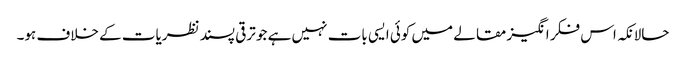
حالانکہ اس فکر انگیز مقالے میں کوئی ایسی بات نہیں ہے جو ترقی پسند نظریات کے خلاف ہو۔